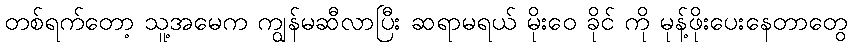
တစ်ရက်တော့ သူ့အမေက ကျွန်မဆီလာပြီး ဆရာမရယ် မိုးဝေ ခိုင် ကို မုန့်ဖိုးပေးနေတာတွေ